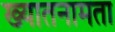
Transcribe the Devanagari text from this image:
ख्यातनामता